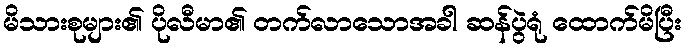
မိသားစုများ၏ ပိုလီမာ၏ တက်လာသောအခါ ဆန်ပွဲရုံ ထောက်မိပြီး